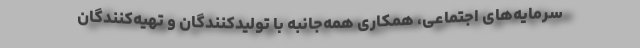
سرمایه‌های اجتماعی، همکاری همه‌جانبه با تولیدکنندگان و تهیه‌کنندگان